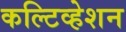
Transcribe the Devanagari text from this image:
कल्टिव्हेशन